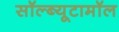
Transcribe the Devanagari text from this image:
सॉल्ब्यूटामॉल